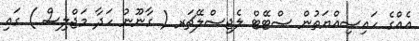
އެއްގެ ހައިސިއްޔަތުން ސްޓޭޓް ލެޖިސްލޭޗަރ ( ގާނޫނު ހަދާ މަޖްލިސް ) ގައި